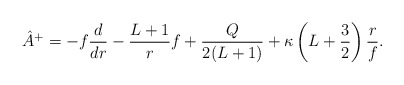
\begin{align*} \hat{A}^+ = - f \frac{d}{dr} - \frac{L+1}{r} f + \frac{Q}{2(L+1)} + \kappa \left(L+\frac{3}{2}\right) \frac{r}{f}.\end{align*}